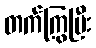
တက်ကြွပြီး